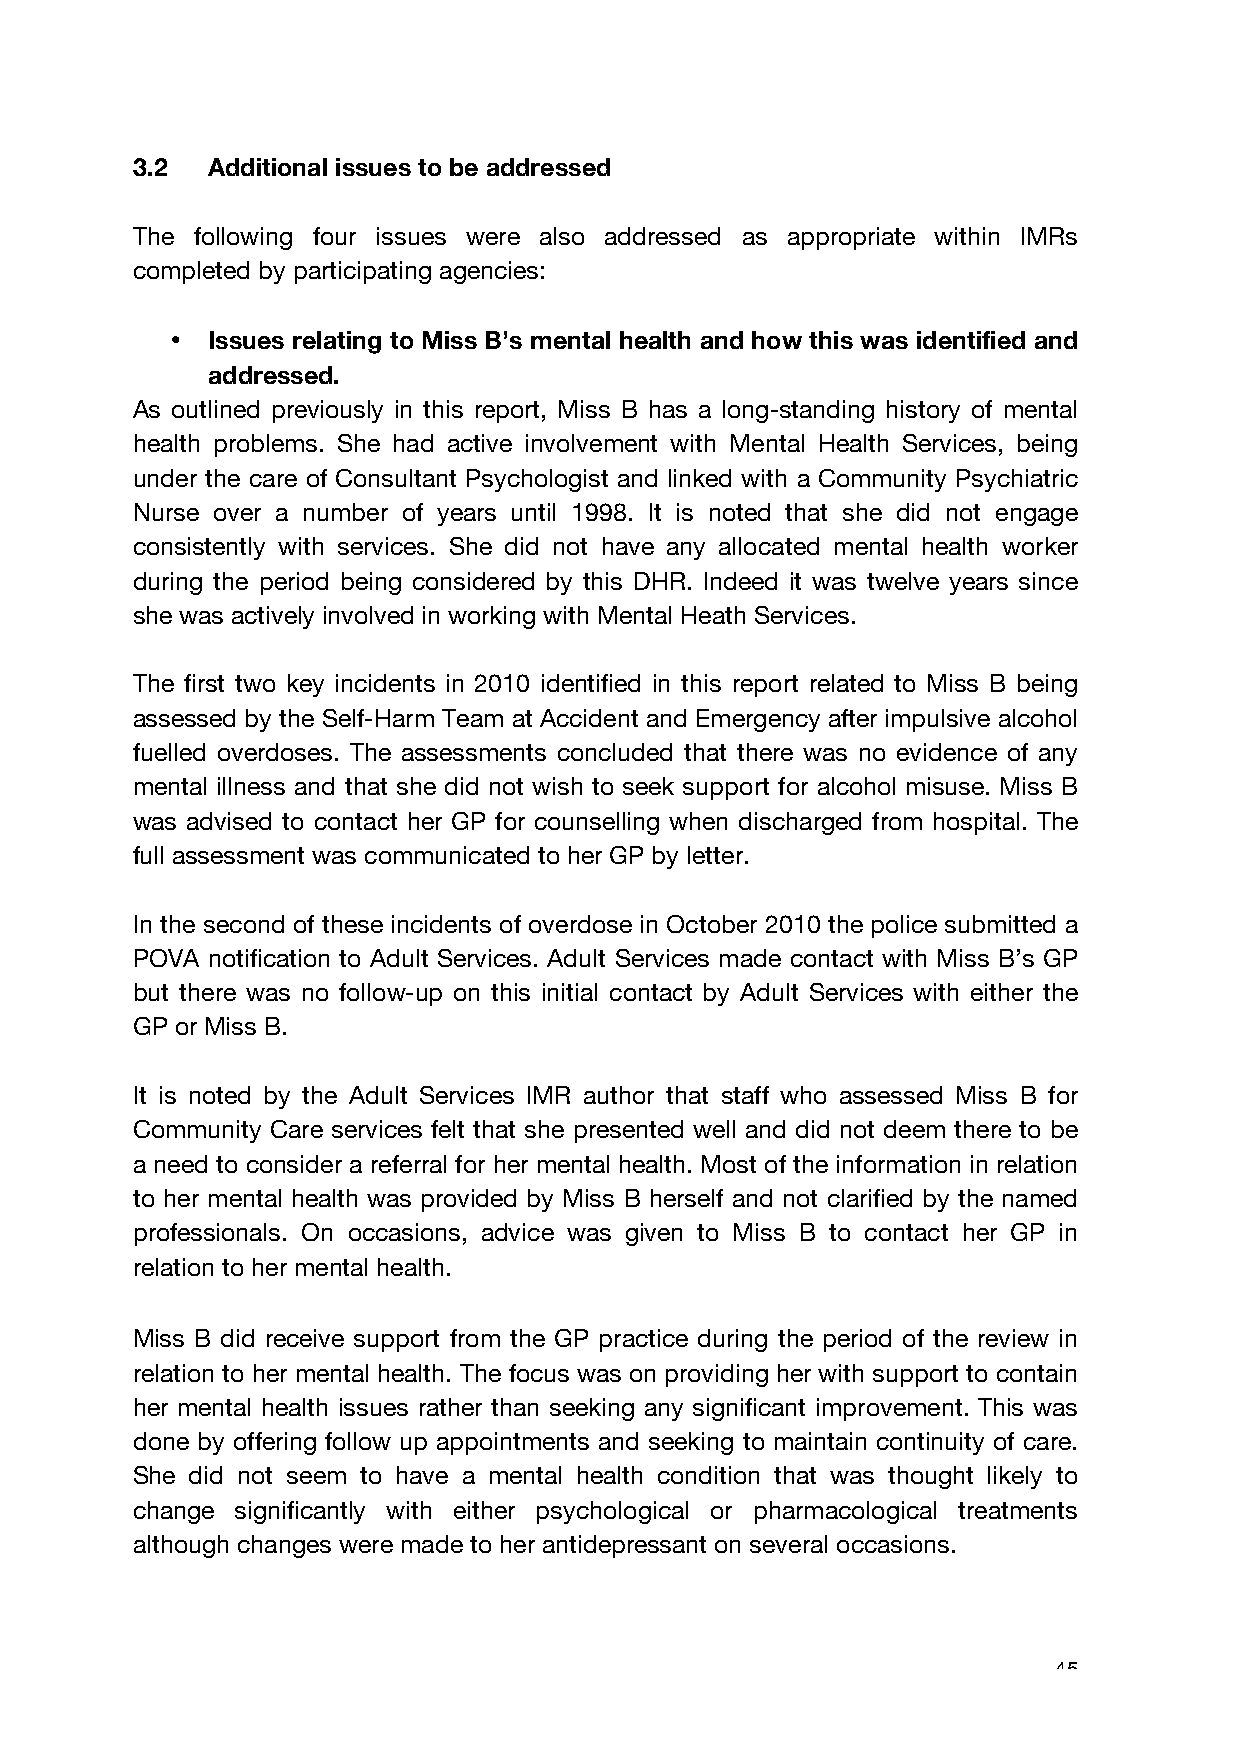
3.2  Additional issues to be addressed
 The following four issues were also addressed as appropriate within IMRs
 completed by participating agencies:
 •  Issues relating to Miss B’s mental health and how this was identified and
 addressed.
 As outlined previously in this report, Miss B has a long-standing history of mental
 health problems. She had active involvement with Mental Health Services, being
 under the care of Consultant Psychologist and linked with a Community Psychiatric
 Nurse over a number of years until 1998. It is noted that she did not engage
 consistently with services. She did not have any allocated mental health worker
 during the period being considered by this DHR. Indeed it was twelve years since
 she was actively involved in working with Mental Heath Services.
 The first two key incidents in 2010 identified in this report related to Miss B being
 assessed by the Self-Harm Team at Accident and Emergency after impulsive alcohol
 fuelled overdoses. The assessments concluded that there was no evidence of any
 mental illness and that she did not wish to seek support for alcohol misuse. Miss B
 was advised to contact her GP for counselling when discharged from hospital. The
 full assessment was communicated to her GP by letter.
 In the second of these incidents of overdose in October 2010 the police submitted a
 POVA notification to Adult Services. Adult Services made contact with Miss B’s GP
 but there was no follow-up on this initial contact by Adult Services with either the
 GP or Miss B.
 It is noted by the Adult Services IMR author that staff who assessed Miss B for
 Community Care services felt that she presented well and did not deem there to be
 a need to consider a referral for her mental health. Most of the information in relation
 to her mental health was provided by Miss B herself and not clarified by the named
 professionals. On occasions, advice was given to Miss B to contact her GP in
 relation to her mental health.
 Miss B did receive support from the GP practice during the period of the review in
 relation to her mental health. The focus was on providing her with support to contain
 her mental health issues rather than seeking any significant improvement. This was
 done by offering follow up appointments and seeking to maintain continuity of care.
 She did not seem to have a mental health condition that was thought likely to
 change significantly with either psychological or pharmacological treatments
 although changes were made to her antidepressant on several occasions.
 45